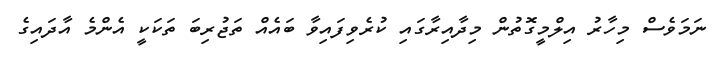
ނަމަވެސް މިހާރު އިލްމީގޮތުން މިދާއިރާގައި ކުރެވިފައިވާ ބައެއް ތަޖުރިބަ ތަކަކީ އެންމެ އާދައިގެ